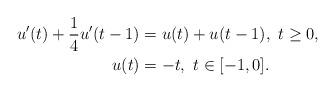
LaTeX: \begin{align*}u'(t) + \frac{1}{4} u'(t-1) &= u(t) + u(t-1), \ t \ge 0, \\u(t) &= -t, \ t \in [-1,0]. \end{align*}